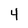
Character: 4